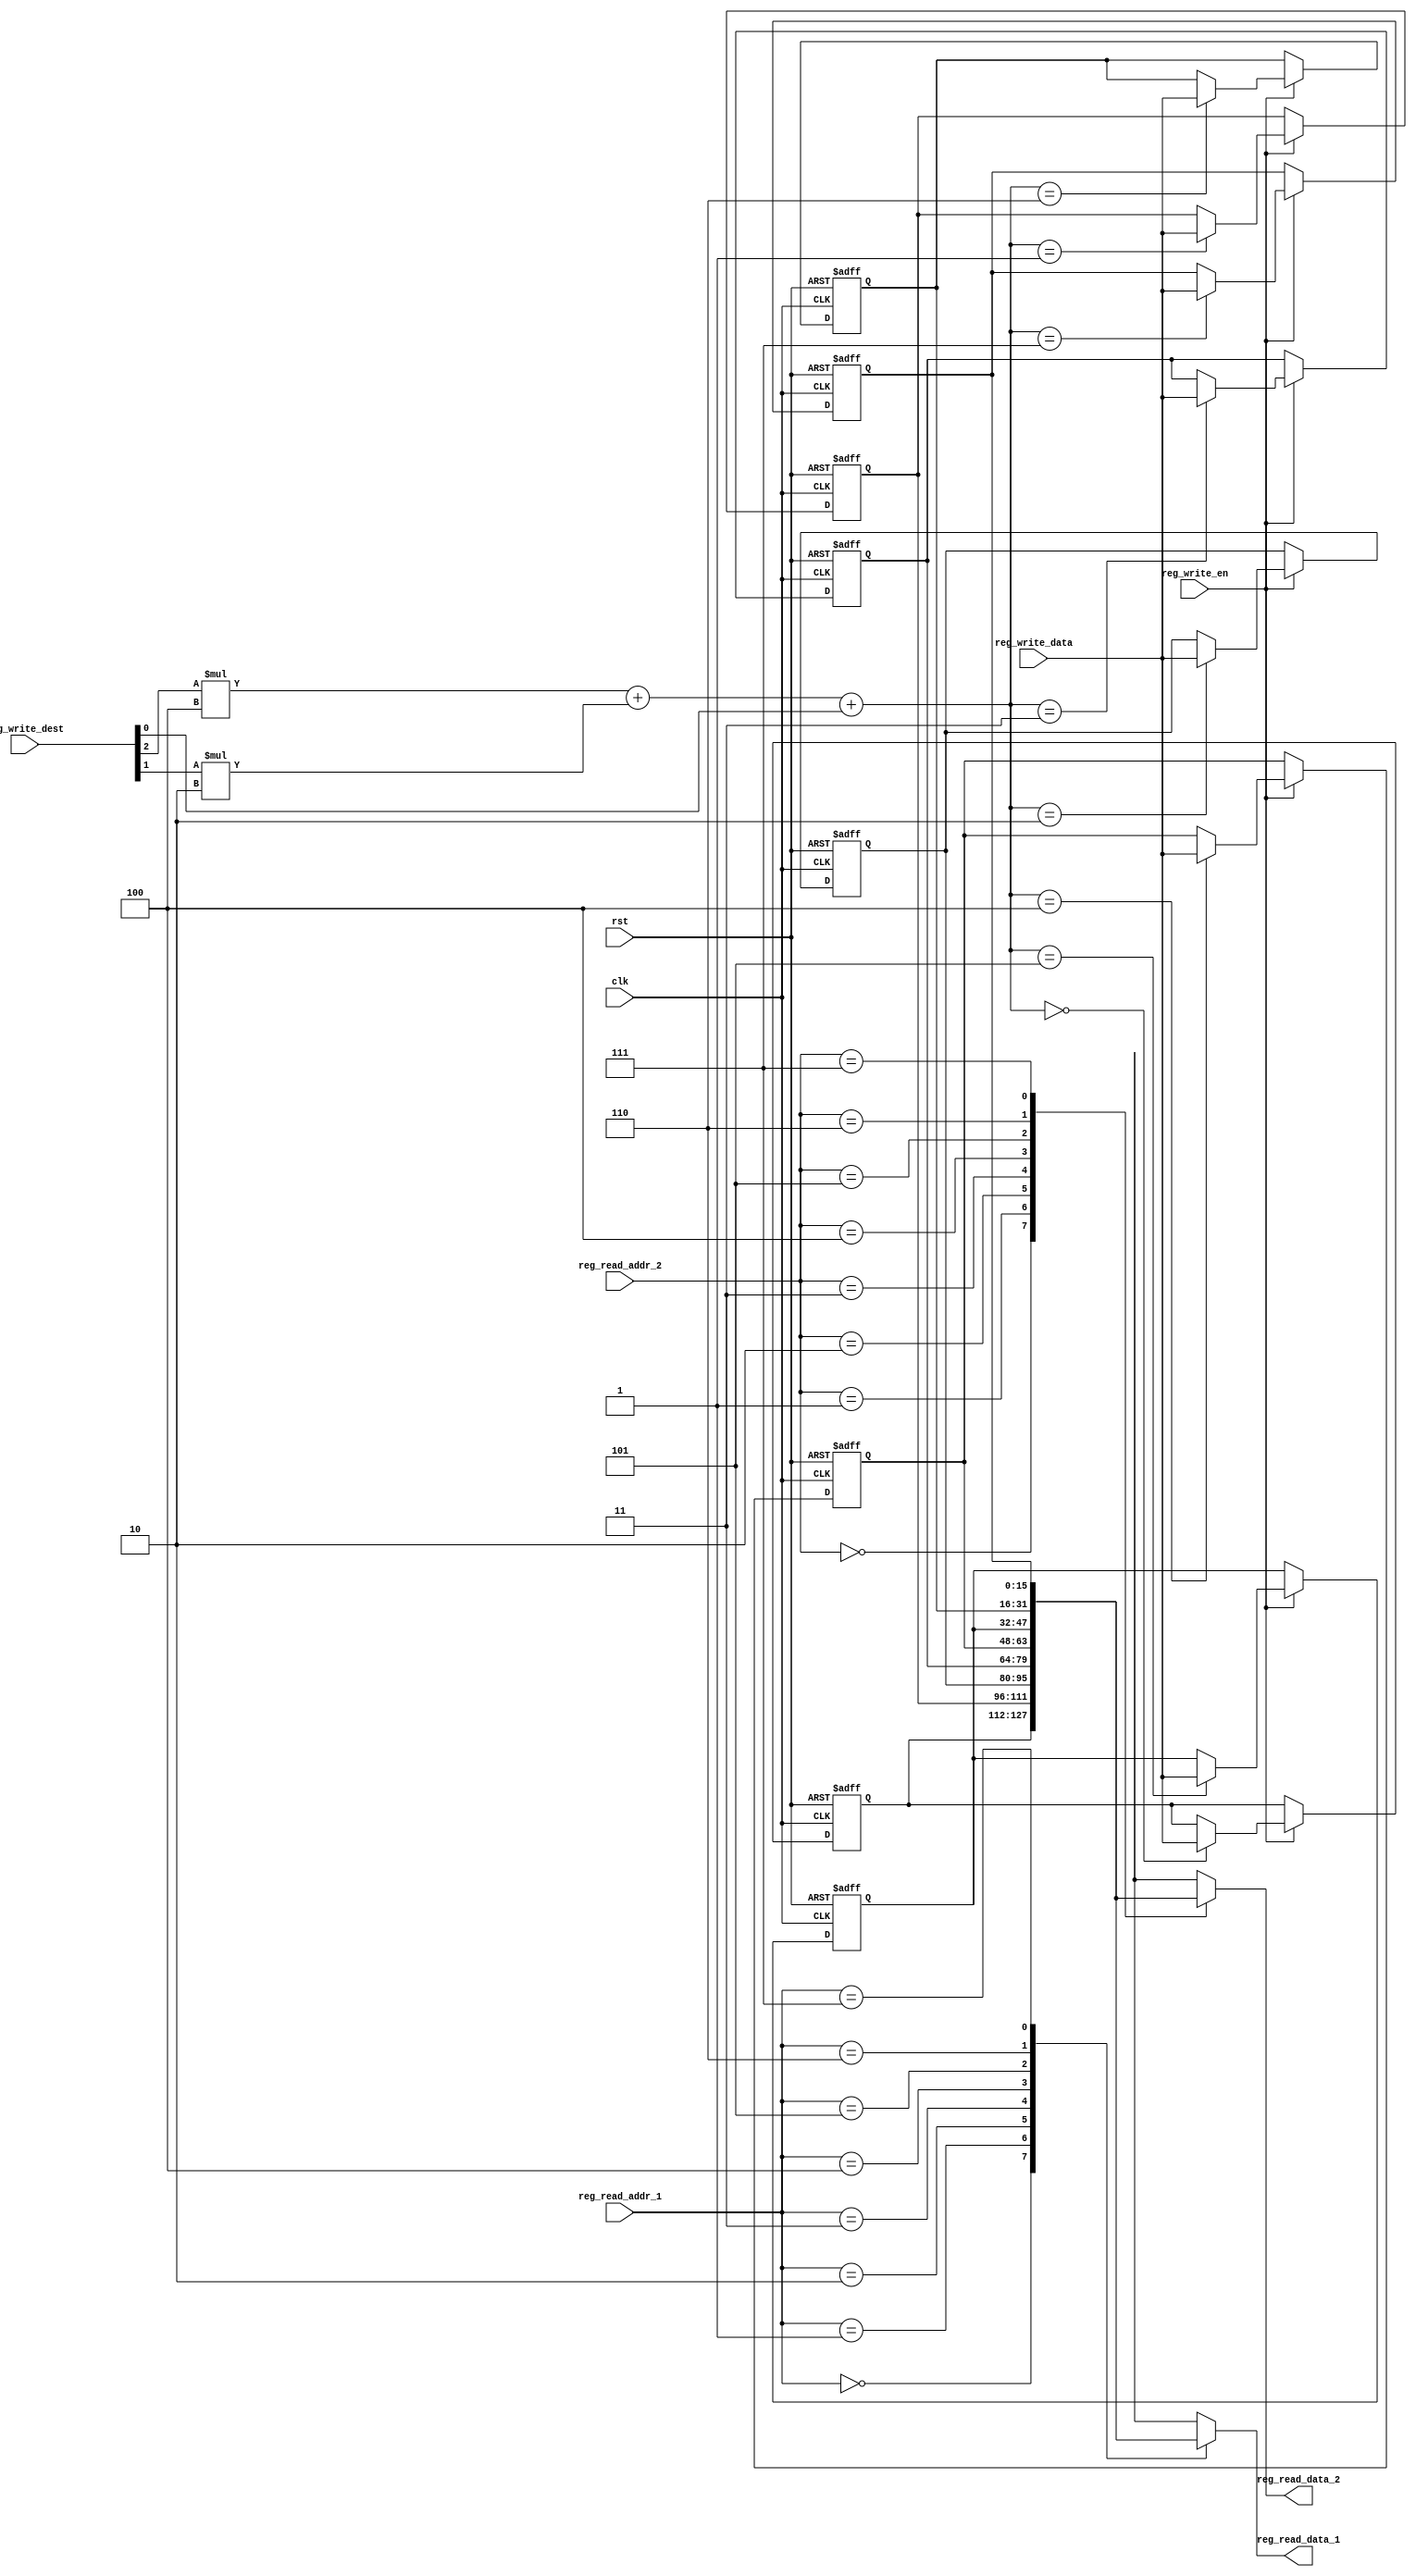
module register_general( //comment comment
    input clk,
    input rst,
    //
    input   reg_write_en, // 
    input   [2:0] reg_write_dest,
    input   [15:0] reg_write_data,
    //
    input   [2:0] reg_read_addr_1,
    output  [15:0] reg_read_data_1,
    //
    input   [2:0] reg_read_addr_2,
    output  [15:0] reg_read_data_2

);

    reg     [15:0] reg_array [7:0]; // 8 registers

    always @ (posedge clk or negedge rst) begin  
		if(rst==0)begin
			reg_array[7]<=16'b0000000000000000;
			reg_array[6]<=16'b0000000000000000;
			reg_array[5]<=16'b0000000000000000;
			reg_array[4]<=16'b0000000000000000;
			reg_array[3]<=16'b0000000000000000;
			reg_array[2]<=16'b0000000000000000;
			reg_array[1]<=16'b0000000000000000;
			reg_array[0]<=16'b0000000000000000;
		end
		
		else begin
			if(reg_write_en==1'b1) begin  
                reg_array[reg_write_dest[2]*4+reg_write_dest[1]*2+reg_write_dest[0]] <= reg_write_data;  
         end
		end
	 end
	 
	 
	 
	 
	 
	 
	 
	 
	 
	 
	 
        
            
        
    
assign reg_read_data_1 = reg_array[reg_read_addr_1];  
assign reg_read_data_2 = reg_array[reg_read_addr_2];  
    
endmodule